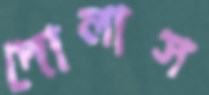
দোলাস